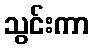
သွင်းကာ